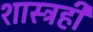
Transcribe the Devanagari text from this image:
शास्त्रही